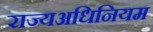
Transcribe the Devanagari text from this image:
राज्यअधिनियम